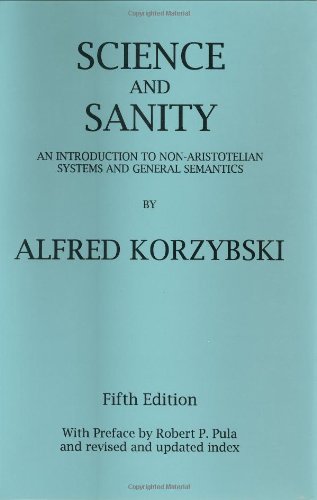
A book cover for Science and Sanity: An Introduction to Non-Aristotelian Systems and General Semantics; Alfred Korzybski; Reference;